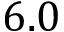
6 . 0